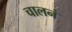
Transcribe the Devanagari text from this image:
चालनं